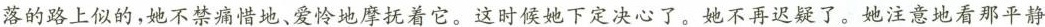
落的路上似的，她不禁痛惜地、爱怜地摩抚着它。这时候她下定决心了。她不再迟疑了。她注意地看那平静